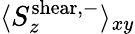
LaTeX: \langle S_{z}^{\mathrm{shear,-}}\rangle_{xy}